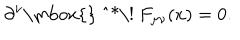
\partial ^ { \nu } \mathrm { \mathrm { } ~ ^ { * } \! ~ } F _ { \mu \nu } ( x ) = 0 .